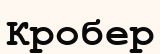
Кробер